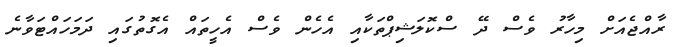
ރާއްޖެއަށް މިހާރު ވެސް ދޭ ސްކޮލަޝިޕްތަކާއި އެހެން ވެސް އެހީތައް އެގޮތުގައި ދަމަހައްޓަވާނެ